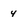
Character: 4